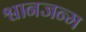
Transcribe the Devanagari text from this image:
श्वानजन्म